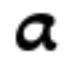
a